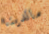
مالدينا